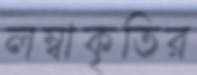
লম্বাকৃতির